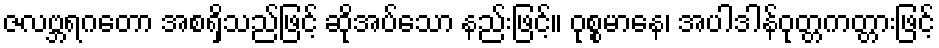
ဇလဗ္ဘရဂတော အစရှိသည်ဖြင့် ဆိုအပ်သော နည်းဖြင့်။ ဝုစ္စမာနေ၊ အပါဒါန်ဝုတ္တကတ္တားဖြင့်